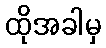
ထိုအခါမှ